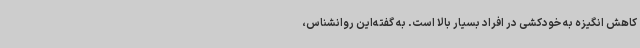
کاهش انگیزه به خودکشی در افراد بسیار بالا است. به گفته‌این روانشناس،